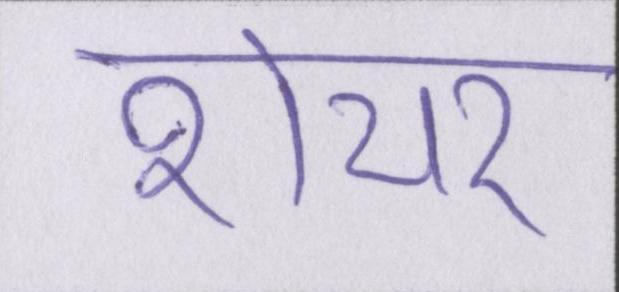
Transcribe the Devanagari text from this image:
शेयर